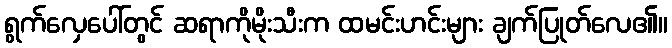
ရွက်လှေပေါ်တွင် ဆရာကိုမိုးသီးက ထမင်းဟင်းများ ချက်ပြုတ်လေ၏။